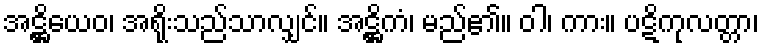
အဋ္ဌိယေဝ၊ အရိုးသည်သာလျှင်။ အဋ္ဌိကံ၊ မည်၏။ ဝါ၊ ကား။ ပဋိကုလတ္တာ၊